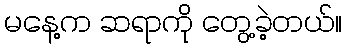
မနေ့က ဆရာကို တွေ့ခဲ့တယ်။